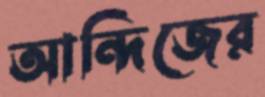
আন্দিজের